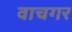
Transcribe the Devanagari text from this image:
वाचगर